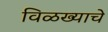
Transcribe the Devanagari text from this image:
विळख्याचे